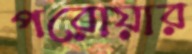
পরোয়ার